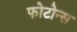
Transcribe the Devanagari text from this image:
फोटोन्स